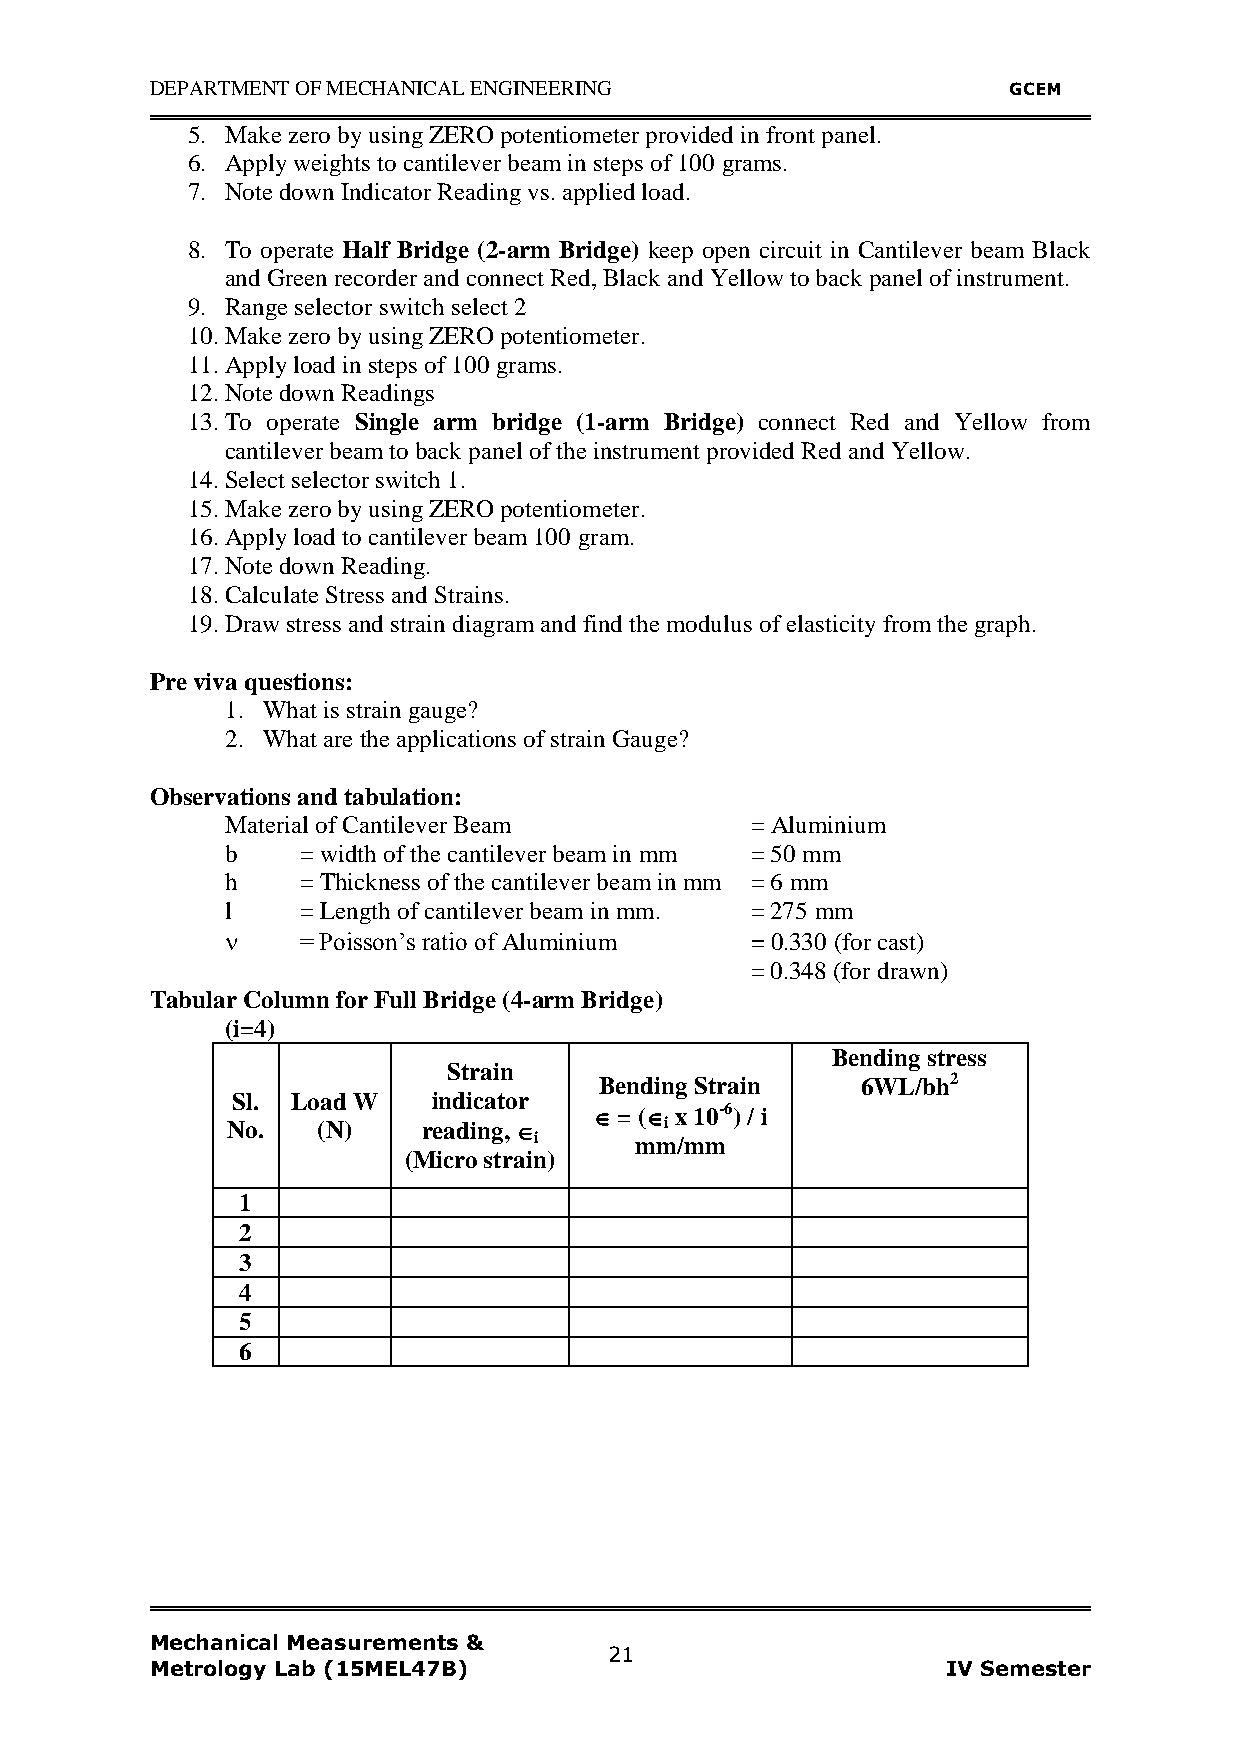
DEPARTMENT OF MECHANICAL ENGINEERING                     GCEM
 5. Make zero by using ZERO potentiometer provided in front panel.
 6. Apply weights to cantilever beam in steps of 100 grams.
 7. Note down Indicator Reading vs. applied load.
 8. To operate Half Bridge (2-arm Bridge) keep open circuit in Cantilever beam Black
 and Green recorder and connect Red, Black and Yellow to back panel of instrument.
 9. Range selector switch select 2
 10. Make zero by using ZERO potentiometer.
 11. Apply load in steps of 100 grams.
 12. Note down Readings
 13. To operate Single arm bridge (1-arm Bridge) connect Red and Yellow from
 cantilever beam to back panel of the instrument provided Red and Yellow.
 14. Select selector switch 1.
 15. Make zero by using ZERO potentiometer.
 16. Apply load to cantilever beam 100 gram.
 17. Note down Reading.
 18. Calculate Stress and Strains.
 19. Draw stress and strain diagram and find the modulus of elasticity from the graph.
 Pre viva questions:
 1. What is strain gauge?
 2. What are the applications of strain Gauge?
 Observations and tabulation:
 Material of Cantilever Beam        = Aluminium
 b    = width of the cantilever beam in mm = 50 mm
 h    = Thickness of the cantilever beam in mm = 6 mm
 l    = Length of cantilever beam in mm. = 275 mm
     = Poisson‟s ratio of Aluminium = 0.330 (for cast)
 = 0.348 (for drawn)
 Tabular Column for Full Bridge (4-arm Bridge)
 (i=4)
 Bending stress
 Strain
 Bending Strain   6WL/bh2
 Sl. Load W    indicator
  = ( x 10-6) / i
 No.   (N)    reading,       i
 i      mm/mm
 (Micro strain)
 1
 2
 3
 4
 5
 6
 Mechanical Measurements &
 21
 Metrology Lab (15MEL47B)                             IV Semester